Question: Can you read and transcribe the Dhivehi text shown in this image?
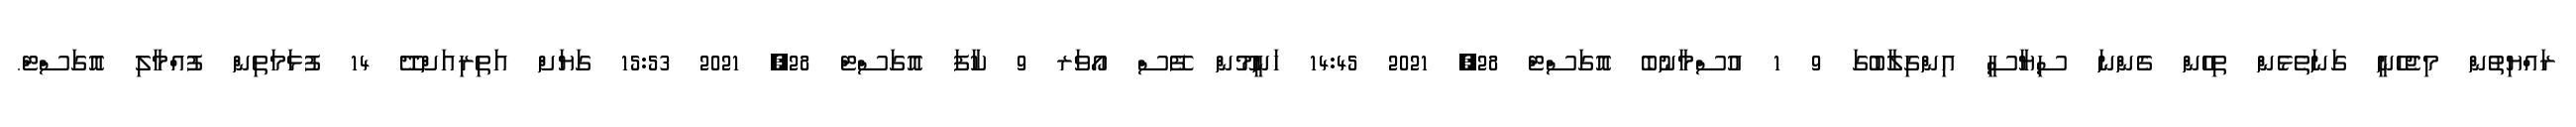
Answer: ރައްޔިތުން މިޖެހެނީ ގަނަތެޅެން ތިހެން ގެންނަ ސިޔާސީ އިންގިލާބުގަ 9 1 އުސްމާނުބެ އޮގަސްޓް 28, 2021 14:45 ހަނީމޫން ފޭސް އޯވަރ 9 ކާފަ އޮގަސްޓް 28, 2021 15:53 ގަޔަށް އަތިރިއަށްދޭ 14 ފުޅަމަތިން ފުއްމާލި އޮގަސްޓް.